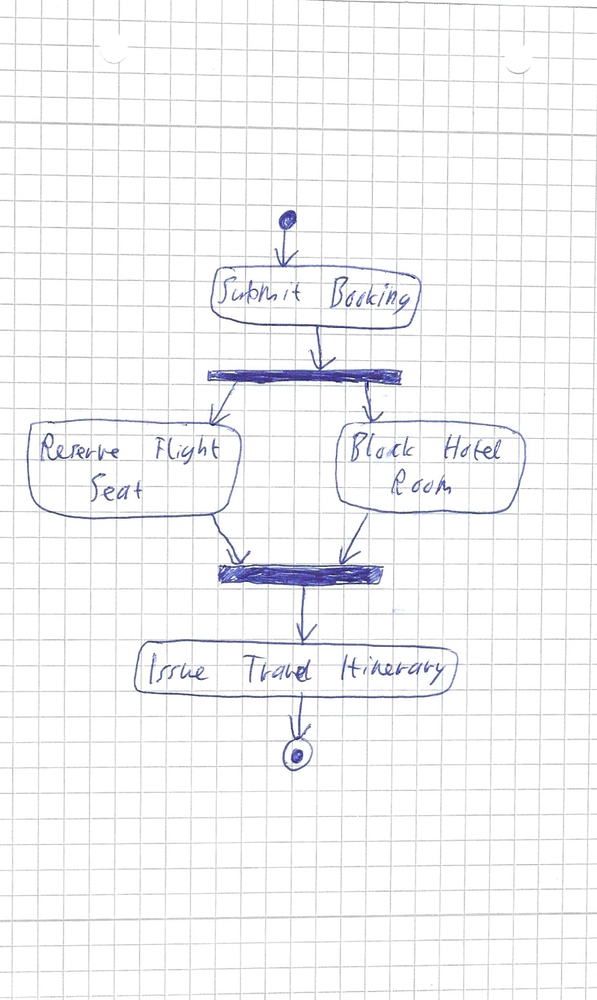
Diagram type: activity_diagram
```plantuml
@startuml

start
:Submit Booking;
fork
  :Reserve Flight Seat;
fork again
  :Block Hotel Room;
end fork
:Issue Travel Itinerary;
stop

@enduml
```